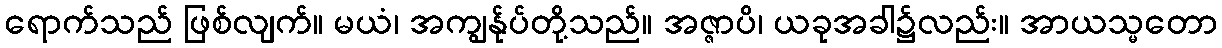
ရောက်သည် ဖြစ်လျက်။ မယံ၊ အကျွန်ုပ်တို့သည်။ အဇ္ဇာပိ၊ ယခုအခါ၌လည်း။ အာယသ္မတော